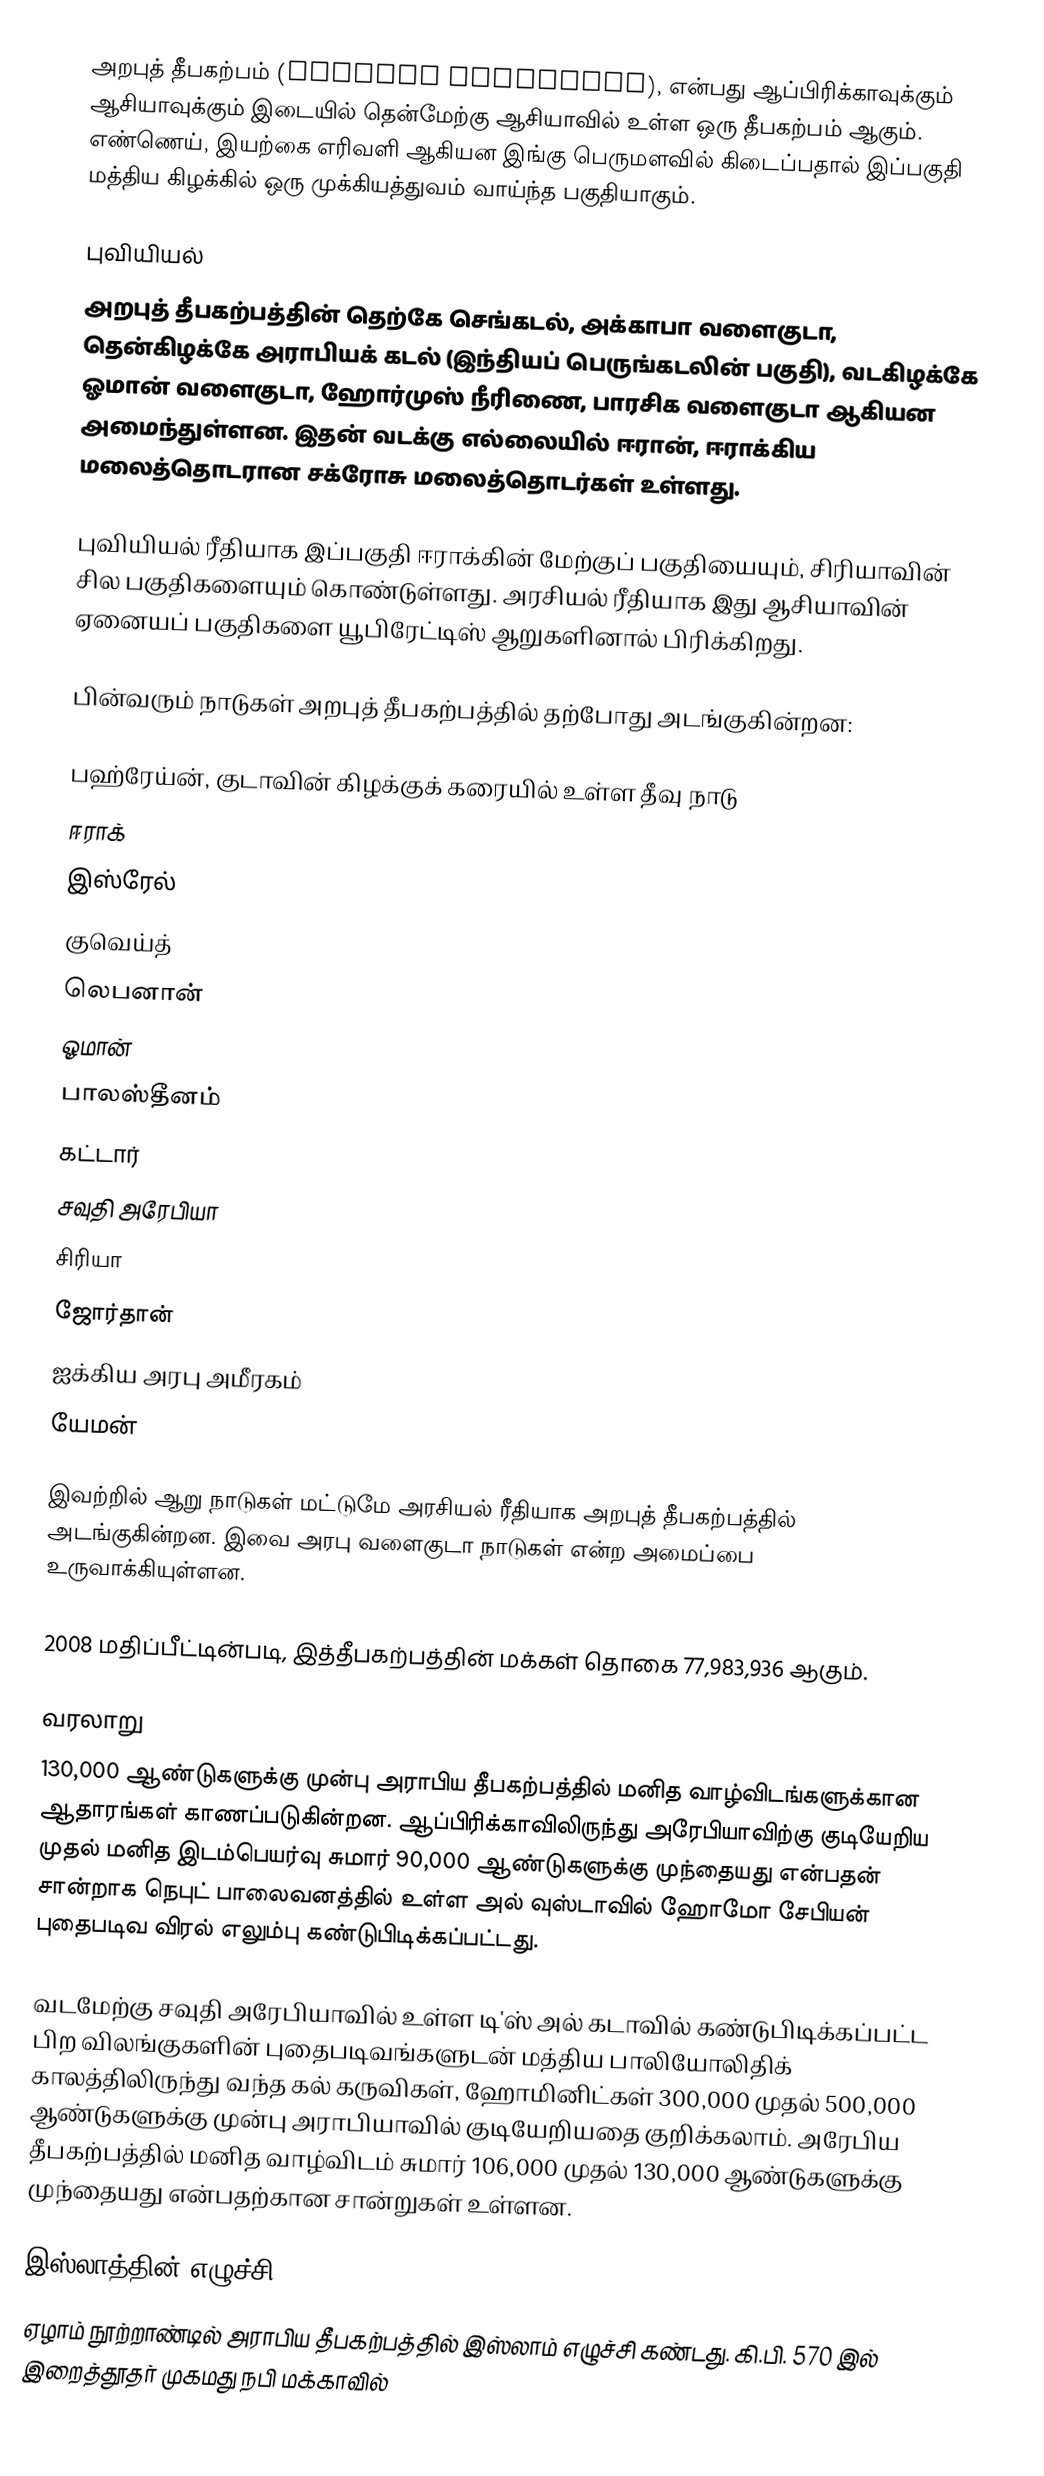
அறபுத் தீபகற்பம் (Arabian Peninsula), என்பது ஆப்பிரிக்காவுக்கும் ஆசியாவுக்கும் இடையில் தென்மேற்கு ஆசியாவில் உள்ள ஒரு தீபகற்பம் ஆகும். எண்ணெய், இயற்கை எரிவளி ஆகியன இங்கு பெருமளவில் கிடைப்பதால் இப்பகுதி மத்திய கிழக்கில் ஒரு முக்கியத்துவம் வாய்ந்த பகுதியாகும்.

புவியியல்
அறபுத் தீபகற்பத்தின் தெற்கே செங்கடல், அக்காபா வளைகுடா, தென்கிழக்கே அராபியக் கடல் (இந்தியப் பெருங்கடலின் பகுதி), வடகிழக்கே ஓமான் வளைகுடா, ஹோர்முஸ் நீரிணை, பாரசிக வளைகுடா ஆகியன அமைந்துள்ளன. இதன் வடக்கு எல்லையில் ஈரான், ஈராக்கிய மலைத்தொடரான சக்ரோசு மலைத்தொடர்கள் உள்ளது.

புவியியல் ரீதியாக இப்பகுதி ஈராக்கின் மேற்குப் பகுதியையும், சிரியாவின் சில பகுதிகளையும் கொண்டுள்ளது. அரசியல் ரீதியாக இது ஆசியாவின் ஏனையப் பகுதிகளை யூபிரேட்டிஸ் ஆறுகளினால் பிரிக்கிறது.

பின்வரும் நாடுகள் அறபுத் தீபகற்பத்தில் தற்போது அடங்குகின்றன:

 பஹ்ரேய்ன், குடாவின் கிழக்குக் கரையில் உள்ள தீவு நாடு
 ஈராக்
 இஸ்ரேல்
 குவெய்த்
 லெபனான்
 ஓமான்
 பாலஸ்தீனம்
 கட்டார்
 சவுதி அரேபியா
 சிரியா
 ஜோர்தான்
 ஐக்கிய அரபு அமீரகம்
 யேமன்

இவற்றில் ஆறு நாடுகள் மட்டுமே அரசியல் ரீதியாக அறபுத் தீபகற்பத்தில் அடங்குகின்றன. இவை அரபு வளைகுடா நாடுகள் என்ற அமைப்பை உருவாக்கியுள்ளன.

2008 மதிப்பீட்டின்படி, இத்தீபகற்பத்தின் மக்கள் தொகை 77,983,936 ஆகும்.

வரலாறு
130,000 ஆண்டுகளுக்கு முன்பு அராபிய தீபகற்பத்தில் மனித வாழ்விடங்களுக்கான ஆதாரங்கள் காணப்படுகின்றன. ஆப்பிரிக்காவிலிருந்து அரேபியாவிற்கு குடியேறிய முதல் மனித இடம்பெயர்வு சுமார் 90,000 ஆண்டுகளுக்கு முந்தையது என்பதன் சான்றாக நெபுட் பாலைவனத்தில் உள்ள அல் வுஸ்டாவில் ஹோமோ சேபியன் புதைபடிவ விரல் எலும்பு கண்டுபிடிக்கப்பட்டது.

வடமேற்கு சவுதி அரேபியாவில் உள்ள டி'ஸ் அல் கடாவில் கண்டுபிடிக்கப்பட்ட பிற விலங்குகளின் புதைபடிவங்களுடன் மத்திய பாலியோலிதிக் காலத்திலிருந்து வந்த கல் கருவிகள், ஹோமினிட்கள் 300,000 முதல் 500,000 ஆண்டுகளுக்கு முன்பு அராபியாவில் குடியேறியதை குறிக்கலாம். அரேபிய தீபகற்பத்தில் மனித வாழ்விடம் சுமார் 106,000 முதல் 130,000 ஆண்டுகளுக்கு முந்தையது என்பதற்கான சான்றுகள் உள்ளன.

இஸ்லாத்தின் எழுச்சி
ஏழாம் நூற்றாண்டில் அராபிய  தீபகற்பத்தில்  இஸ்லாம் எழுச்சி கண்டது. கி.பி. 570 இல் இறைத்தூதர் முகமது நபி மக்காவில்